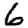
Digit: 6